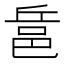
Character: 𨚬